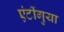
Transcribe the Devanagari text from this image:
एंटींगुया